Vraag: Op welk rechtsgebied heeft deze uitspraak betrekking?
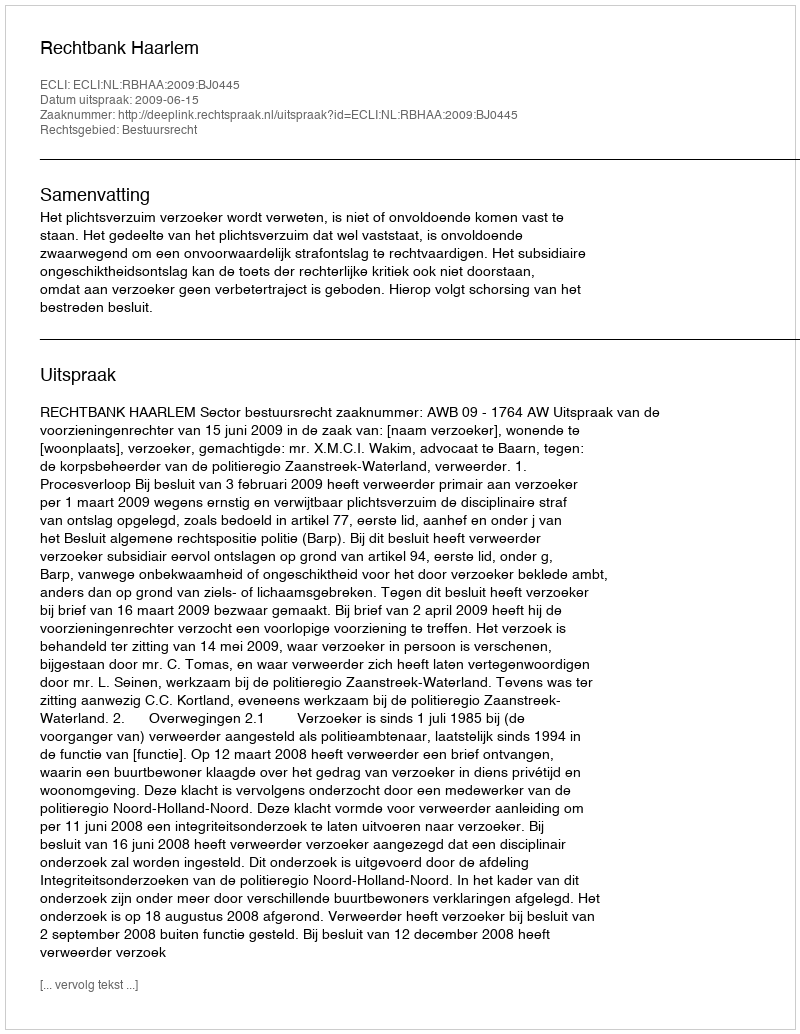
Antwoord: Bestuursrecht